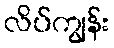
လိပ်ကျွန်း